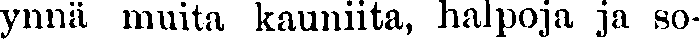
ynnä muita kauniita, halpoja ja so-